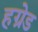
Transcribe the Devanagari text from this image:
हग्रेड